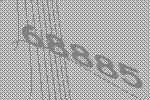
68885